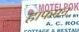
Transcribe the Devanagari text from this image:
हाफमन